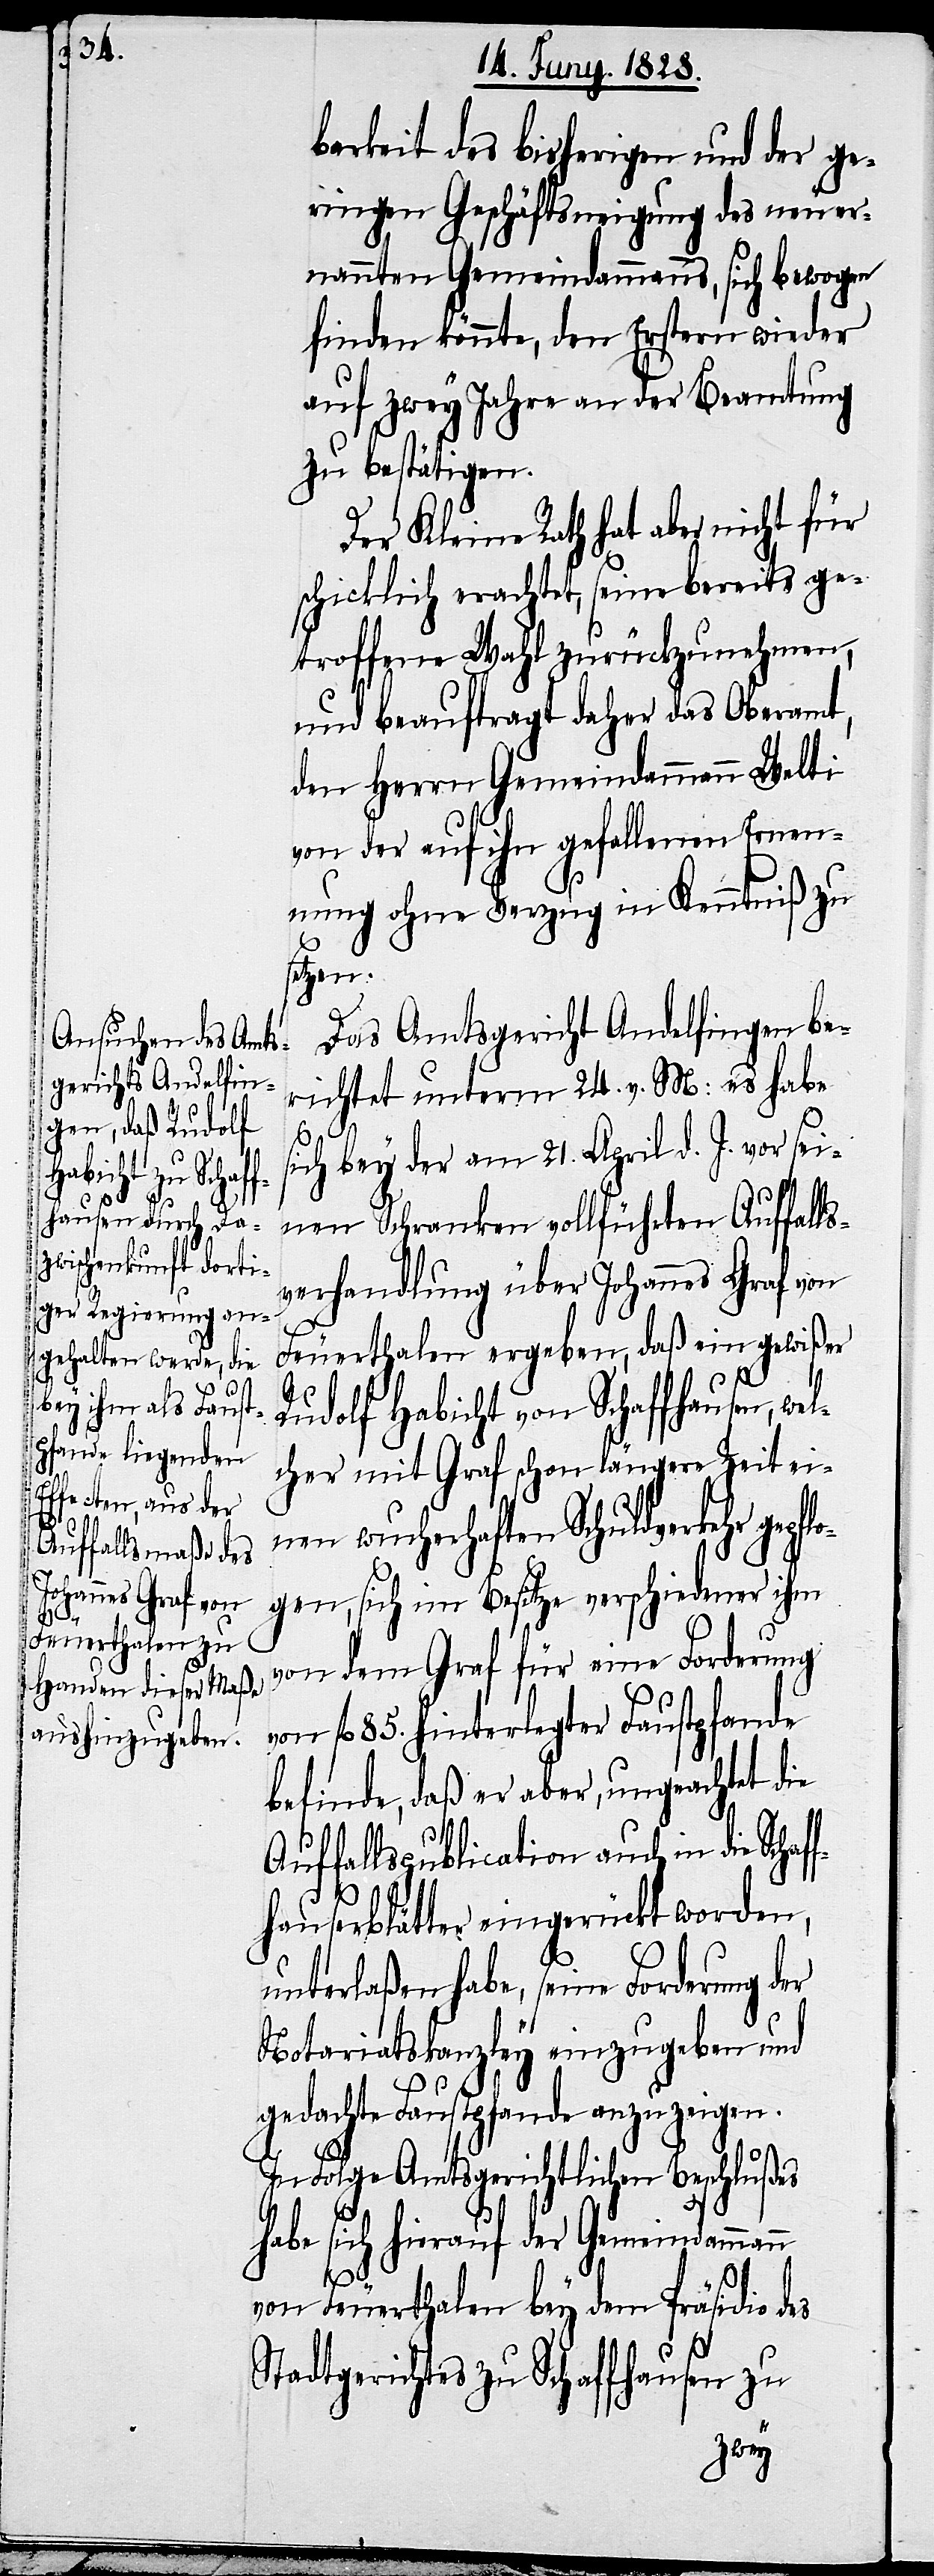
barkeit des bisherigen und der ge¬
ringen Geschäftsneigung des neu er¬
nannten Gemeindammanns, sich bewogen
finden könnte, den Erstern wieder
auf zwey Jahre an der Beamtung
zu bestätigen.
Der Kleine Rath hat aber nicht für
schicklich erachtet, seine bereits ge¬
troffene Wahl zurückzunehmen,
und beauftragt daher das Oberamt,
den Herrn Gemeindammann Welti
von der auf ihn gefallenen Ernen¬
nung ohne Verzug in Kenntniß zu
setzen.
Das Amtsgericht Andelfingen be¬
richtet unterm 24. v. M: es habe
lo¬
sich bey der am 21. April d J. vor sei¬
nen Schranken vollführten Auffall¬
verhandlung über Johannes Graf von
Feuerthalen ergeben, daß ein gewißer
Rudolf Habicht von Schaffhausen, we¬
lcher mit Graf schon längere Zeit ei¬
nen wucherhaften Schuldverkehr gepf¬
gen, sich im Besitze verschiedener ihm
von dem Graf für eine Forderung
on fl. 85. hinterlegten Faustpfande
befinde, daß er aber, ungeachtet die
Auffallspublication auch in die Schaf¬
fhauserblätter eingerückt worden,
unterlaßen habe, seine Forderung der
Notariatskanzley einzugeben und
gedachte Faustpfande anzuzeigen.
In Folge Amtsgerichtlichen Beschlußes
habe sich hierauf der Gemeindammann
v¬
von Feuerthalen bey dem Präsidio des
Stadtgerichtes zu Schaffhausen zu